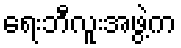
ရေးဘီလူးအဖွဲ့က